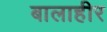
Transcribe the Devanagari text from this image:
बालाहीर